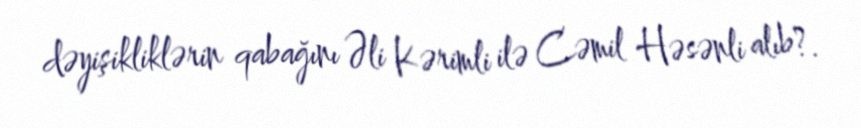
dəyişikliklərin qabağını Əli Kərimli ilə Cəmil Həsənli alıb?.